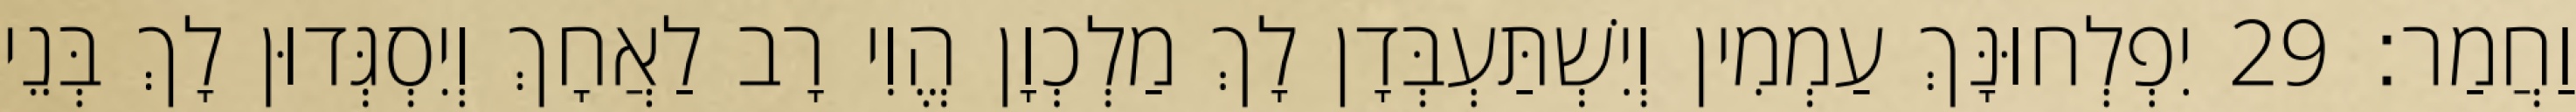
וַחֲמַר׃ 29 יִפְלְחוּנָּךְ עַמְמִין וְיִשְׁתַּעְבְּדָן לָךְ מַלְכְוָן הֱוִי רָב לַאֲחָךְ וְיִסְגְּדוּן לָךְ בְּנֵי